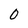
Character: 0